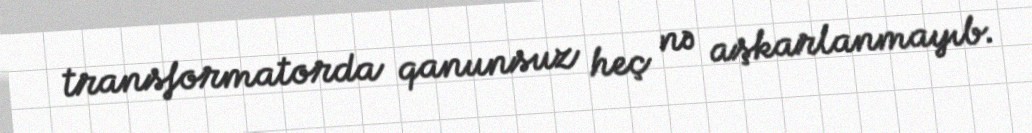
transformatorda qanunsuz heç nə aşkarlanmayıb.